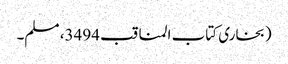
(بخاری کتاب المناقب 3494، مسلم۔